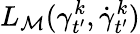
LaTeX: L_{{\mathcal{M}}}(\gamma_{t^{\prime}}^{k},\dot{\gamma}_{t^{\prime}}^{k})